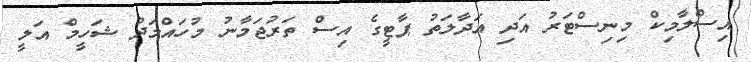
އިސްލާމިކް މިނިސްޓަރު އަދި އަދާލަތު ޕާޓީގެ އިސް ތަރުޖަމާނު މުހައްމަދު ޝަހީމް އަލީ